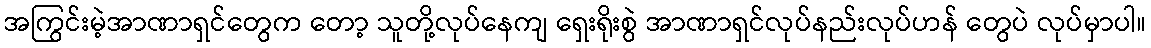
အကြွင်းမဲ့အာဏာရှင်တွေက တော့ သူတို့လုပ်နေကျ ရှေးရိုးစွဲ အာဏာရှင်လုပ်နည်းလုပ်ဟန် တွေပဲ လုပ်မှာပါ။